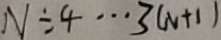
N \div 4 \cdots 3 ( N + 1 )